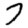
Digit: 7